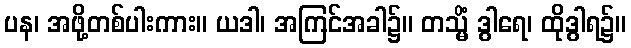
ပန၊ အဖို့တစ်ပါးကား။ ယဒါ၊ အကြင်အခါ၌။ တသ္မိံ ဒွါရေ၊ ထိုဒွါရ၌။